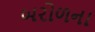
બરોળના